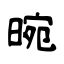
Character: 晼